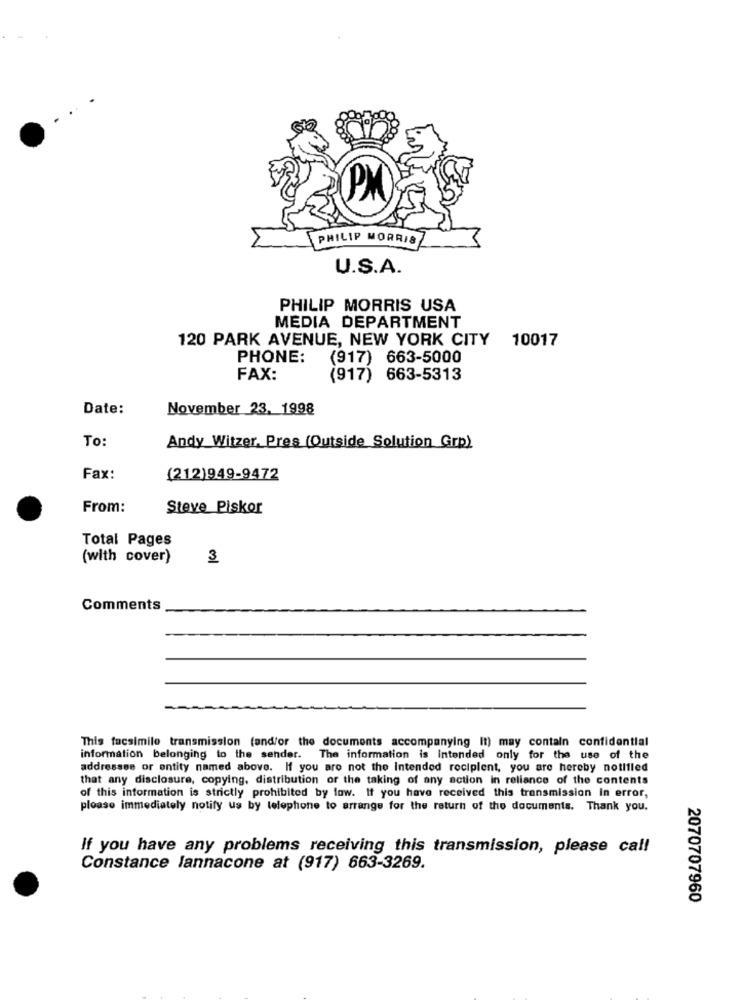
PM
PHILIP MORRIS
U.S.A.
PHILIP MORRIS USA
MEDIA DEPARTMENT
120 PARK AVENUE, NEW YORK CITY
10017
PHONE:
(917) 663-5000
FAX:
(917)
663-5313
Date:
November 23. 1998
To:
Andy Witzer, Pres (Outside Solution Grp)
Fax:
(212)949-9472
From:
Steve Piskor
Total Pages
(with cover)
3
Comments
This facsimile transmission (and/or the documents accompanying It) may contain confidential
information belonging to the sender. The information is Intended only for the use of the
addressee or entity named above. If you are not the Intended recipient, you are hereby notified
that any disclosure, copying, distribution or the taking of any action in reliance of the contents
of this information is strictly prohibited by law. If you have received this transmission in error,
please immediately notify us by telephone to arrange for the return of the documents. Thank you.
If you have any problems receiving this transmission, please call
Constance lannacone at (917) 663-3269.
2070707960